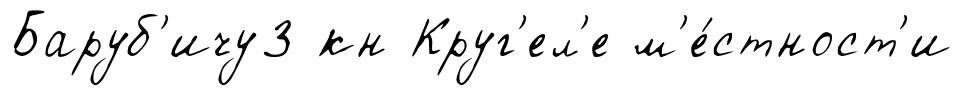
Баруб'ичу3 кн Круг'ел'е м'е́стност'и